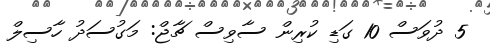
5 ދުވަސް 10 ގަޑި ކުރިން ސާވިސް ޗާޖް: މަގުސަދު ހާސިލް